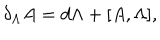
\delta _ { \Lambda } A = d \Lambda + [ A , \Lambda ] ,